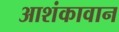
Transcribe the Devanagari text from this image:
आशंकावान